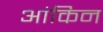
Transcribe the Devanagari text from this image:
आंकिन